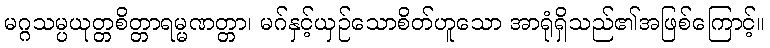
မဂ္ဂသမ္ပယုတ္တစိတ္တာရမ္မဏတ္တာ၊ မဂ်နှင့်ယှဉ်သောစိတ်ဟူသော အာရုံရှိသည်၏အဖြစ်ကြောင့်။